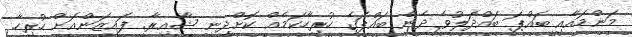
މަންމައާއި ބައްޕަ ބައްދަލުވެ ދެން ބައްޕަގެ ހުރިހާކަމެއް ކޮށްދިނީ ޝާއިރާ. ފައިޒަންއަށް ހުރިހާ